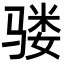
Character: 𩨇